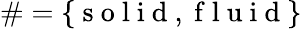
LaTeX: \# =\{ \mathrm{~s~o~l~i~d~},\mathrm{~f~l~u~i~d~}\}